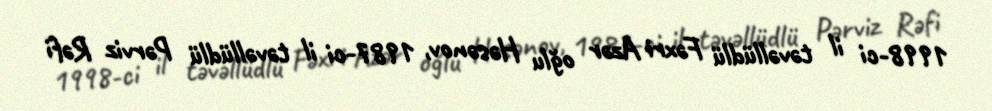
1998-ci il təvəllüdlü Fəxri Azər oğlu Həsənov, 1987-ci il təvəllüdlü Pərviz Rəfi